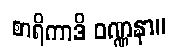
စာရိကာဒိ ဝဏ္ဏနာ။